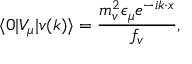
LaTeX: \langle 0 | V _ { \mu } | v ( k ) \rangle = \frac { m _ { v } ^ { 2 } \epsilon _ { \mu } e ^ { - i k \cdot x } } { f _ { v } } ,